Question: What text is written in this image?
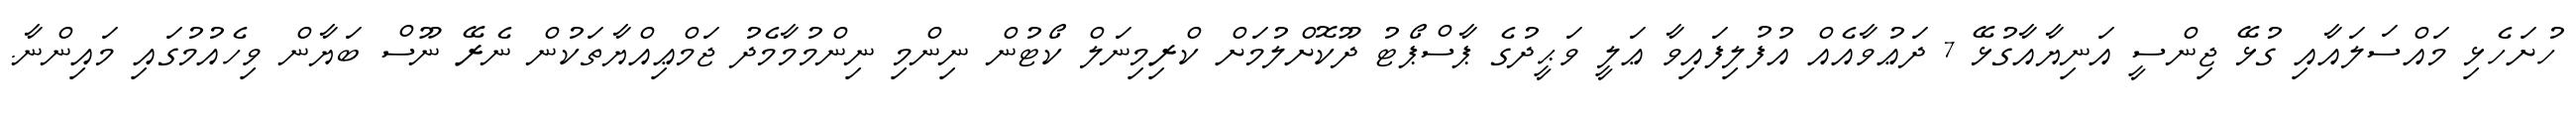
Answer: ހުށަހެޅި މައްސަލައާއި ގުޅޭ ޖިންސީ އަނިޔާއާގުޅޭ 7 ދަޢުވާއެއް އުފުލިފައިވާ ޢަލީ ވަޙީދުގެ ޕާސްޕޯޓު ދޫކޮށްލުމަށް ކްރިމިނަލް ކޯޓުން ނިންމި ނިންމުމާމެދު ޖަމްޢިއްޔާތަކުން ނެރޭ ނޫސް ބަޔާން ވިހެއުމުގައި މައިންނާ.